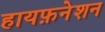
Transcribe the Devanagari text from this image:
हायफ़नेशन